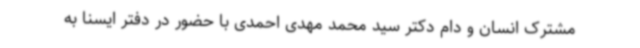
مشترک انسان و دام دکتر سید محمد مهدی احمدی با حضور در دفتر ایسنا به